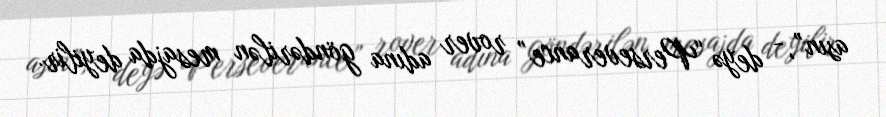
asın”, - deyə “Perseverance” rover adına göndərilən mesajda deyilir.